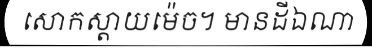
សោកស្តាយម៉េច។ មានដីឯណា